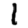
Digit: 1